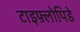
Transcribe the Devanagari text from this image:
टाइफ़्लोपिडे